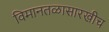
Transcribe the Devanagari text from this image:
विमानतळासारखीच